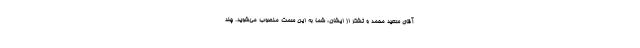
آقای سعید محمد و تشکر از ایشان، شما به این سمت منصوب می‌شوید. چند